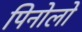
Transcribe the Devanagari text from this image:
पिनोलो